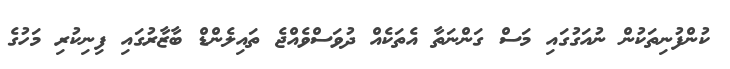
ކުންފުނިތަކުން ނުއަގުގައި މަސް ގަންނަތާ އެތަކެއް ދުވަސްވެއްޖެ ތައިލެންޑް ބާޒާރުގައި ފިނިކުރި މަހުގެ